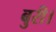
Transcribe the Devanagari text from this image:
बुरी।